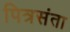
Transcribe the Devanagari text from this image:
पित्रसंता